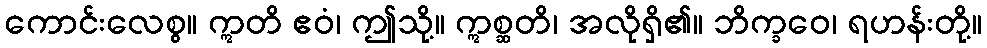
ကောင်းလေစွ။ ဣတိ ဧဝံ၊ ဤသို့။ ဣစ္ဆတိ၊ အလိုရှိ၏။ ဘိက္ခဝေ၊ ရဟန်းတို့။